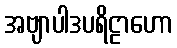
အဗျာပါဒပရိဠာဟော